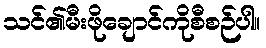
သင်၏မီးဖိုချောင်ကိုစီစဉ်ပါ။